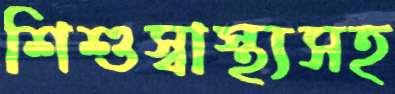
শিশুস্বাস্থ্যসহ